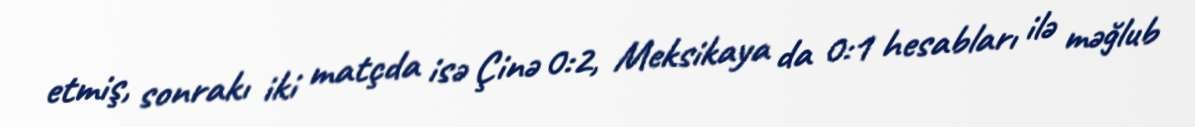
etmiş, sonrakı iki matçda isə Çinə 0:2, Meksikaya da 0:1 hesabları ilə məğlub